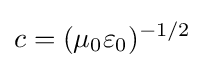
c=(\mu _{0}\varepsilon _{0})^{-1/2}